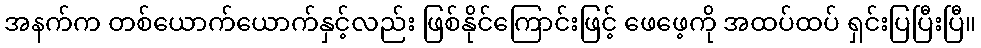
အနက်က တစ်ယောက်ယောက်နှင့်လည်း ဖြစ်နိုင်ကြောင်းဖြင့် ဖေဖေ့ကို အထပ်ထပ် ရှင်းပြပြီးပြီ။